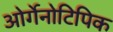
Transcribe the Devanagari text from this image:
ओर्गेनोटिपिक